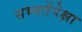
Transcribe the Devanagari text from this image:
सभ्यतेंपेक्षा